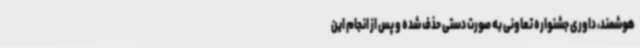
هوشمند، داوری جشنواره تعاونی به صورت دستی حذف شده و پس از انجام این